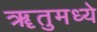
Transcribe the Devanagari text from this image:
ॠतुमध्ये